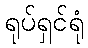
ရုပ်ရှင်ရုံ